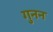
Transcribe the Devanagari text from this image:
गुनन